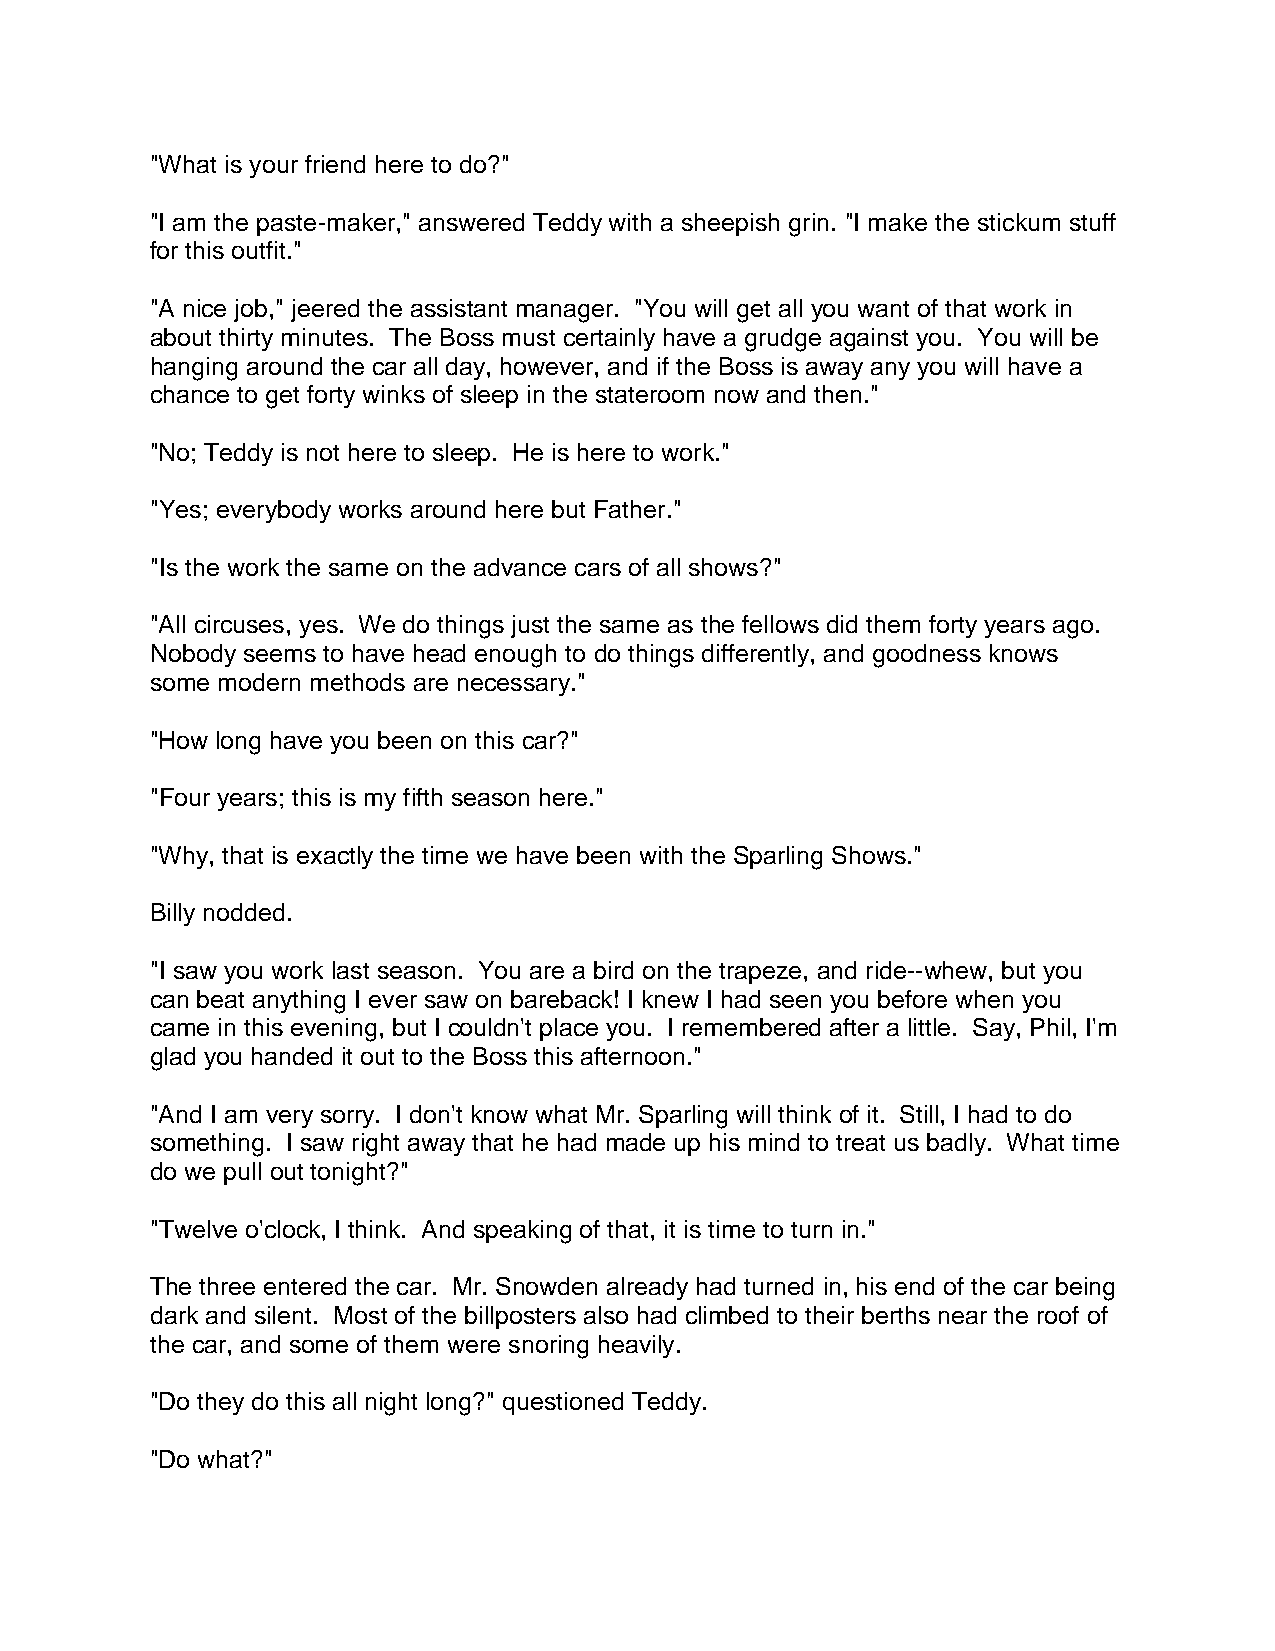
"What is your friend here to do?"
 "I am the paste-maker," answered Teddy with a sheepish grin. "I make the stickum stuff
 for this outfit."
 "A nice job," jeered the assistant manager. "You will get all you want of that work in
 about thirty minutes. The Boss must certainly have a grudge against you. You will be
 hanging around the car all day, however, and if the Boss is away any you will have a
 chance to get forty winks of sleep in the stateroom now and then."
 "No; Teddy is not here to sleep. He is here to work."
 "Yes; everybody works around here but Father."
 "Is the work the same on the advance cars of all shows?"
 "All circuses, yes. We do things just the same as the fellows did them forty years ago.
 Nobody seems to have head enough to do things differently, and goodness knows
 some modern methods are necessary."
 "How long have you been on this car?"
 "Four years; this is my fifth season here."
 "Why, that is exactly the time we have been with the Sparling Shows."
 Billy nodded.
 "I saw you work last season. You are a bird on the trapeze, and ride--whew, but you
 can beat anything I ever saw on bareback! I knew I had seen you before when you
 came in this evening, but I couldn't place you. I remembered after a little. Say, Phil, I'm
 glad you handed it out to the Boss this afternoon."
 "And I am very sorry. I don't know what Mr. Sparling will think of it. Still, I had to do
 something. I saw right away that he had made up his mind to treat us badly. What time
 do we pull out tonight?"
 "Twelve o'clock, I think. And speaking of that, it is time to turn in."
 The three entered the car. Mr. Snowden already had turned in, his end of the car being
 dark and silent. Most of the billposters also had climbed to their berths near the roof of
 the car, and some of them were snoring heavily.
 "Do they do this all night long?" questioned Teddy.
 "Do what?"